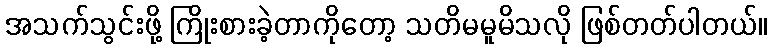
အသက်သွင်းဖို့ ကြိုးစားခဲ့တာကိုတော့ သတိမမူမိသလို ဖြစ်တတ်ပါတယ်။